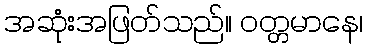
အဆုံးအဖြတ်သည်။ ဝတ္တမာနေ၊